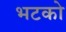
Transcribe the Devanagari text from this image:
भटको